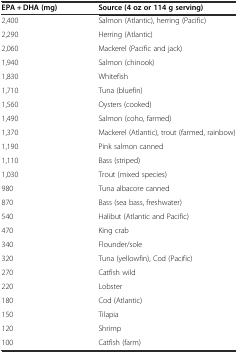
<table><thead><tr><td><b>EPA + DHA (mg)</b></td><td><b>Source (4 oz or 114 g serving)</b></td></tr></thead><tbody><tr><td>2,400</td><td>Salmon (Atlantic), herring (Pacific)</td></tr><tr><td>2,290</td><td>Herring (Atlantic)</td></tr><tr><td>2,060</td><td>Mackerel (Pacific and jack)</td></tr><tr><td>1,940</td><td>Salmon (chinook)</td></tr><tr><td>1,830</td><td>Whitefish</td></tr><tr><td>1,710</td><td>Tuna (bluefin)</td></tr><tr><td>1,560</td><td>Oysters (cooked)</td></tr><tr><td>1,490</td><td>Salmon (coho, farmed)</td></tr><tr><td>1,370</td><td>Mackerel (Atlantic), trout (farmed, rainbow)</td></tr><tr><td>1,190</td><td>Pink salmon canned</td></tr><tr><td>1,110</td><td>Bass (striped)</td></tr><tr><td>1,030</td><td>Trout (mixed species)</td></tr><tr><td>980</td><td>Tuna albacore canned</td></tr><tr><td>870</td><td>Bass (sea bass, freshwater)</td></tr><tr><td>540</td><td>Halibut (Atlantic and Pacific)</td></tr><tr><td>470</td><td>King crab</td></tr><tr><td>340</td><td>Flounder/sole</td></tr><tr><td>320</td><td>Tuna (yellowfin), Cod (Pacific)</td></tr><tr><td>270</td><td>Catfish wild</td></tr><tr><td>220</td><td>Lobster</td></tr><tr><td>180</td><td>Cod (Atlantic)</td></tr><tr><td>150</td><td>Tilapia</td></tr><tr><td>120</td><td>Shrimp</td></tr><tr><td>100</td><td>Catfish (farm)</td></tr></tbody></table>